NAE_ERA_R-1665_Eesti_Kunstnike_Liit, lk 3
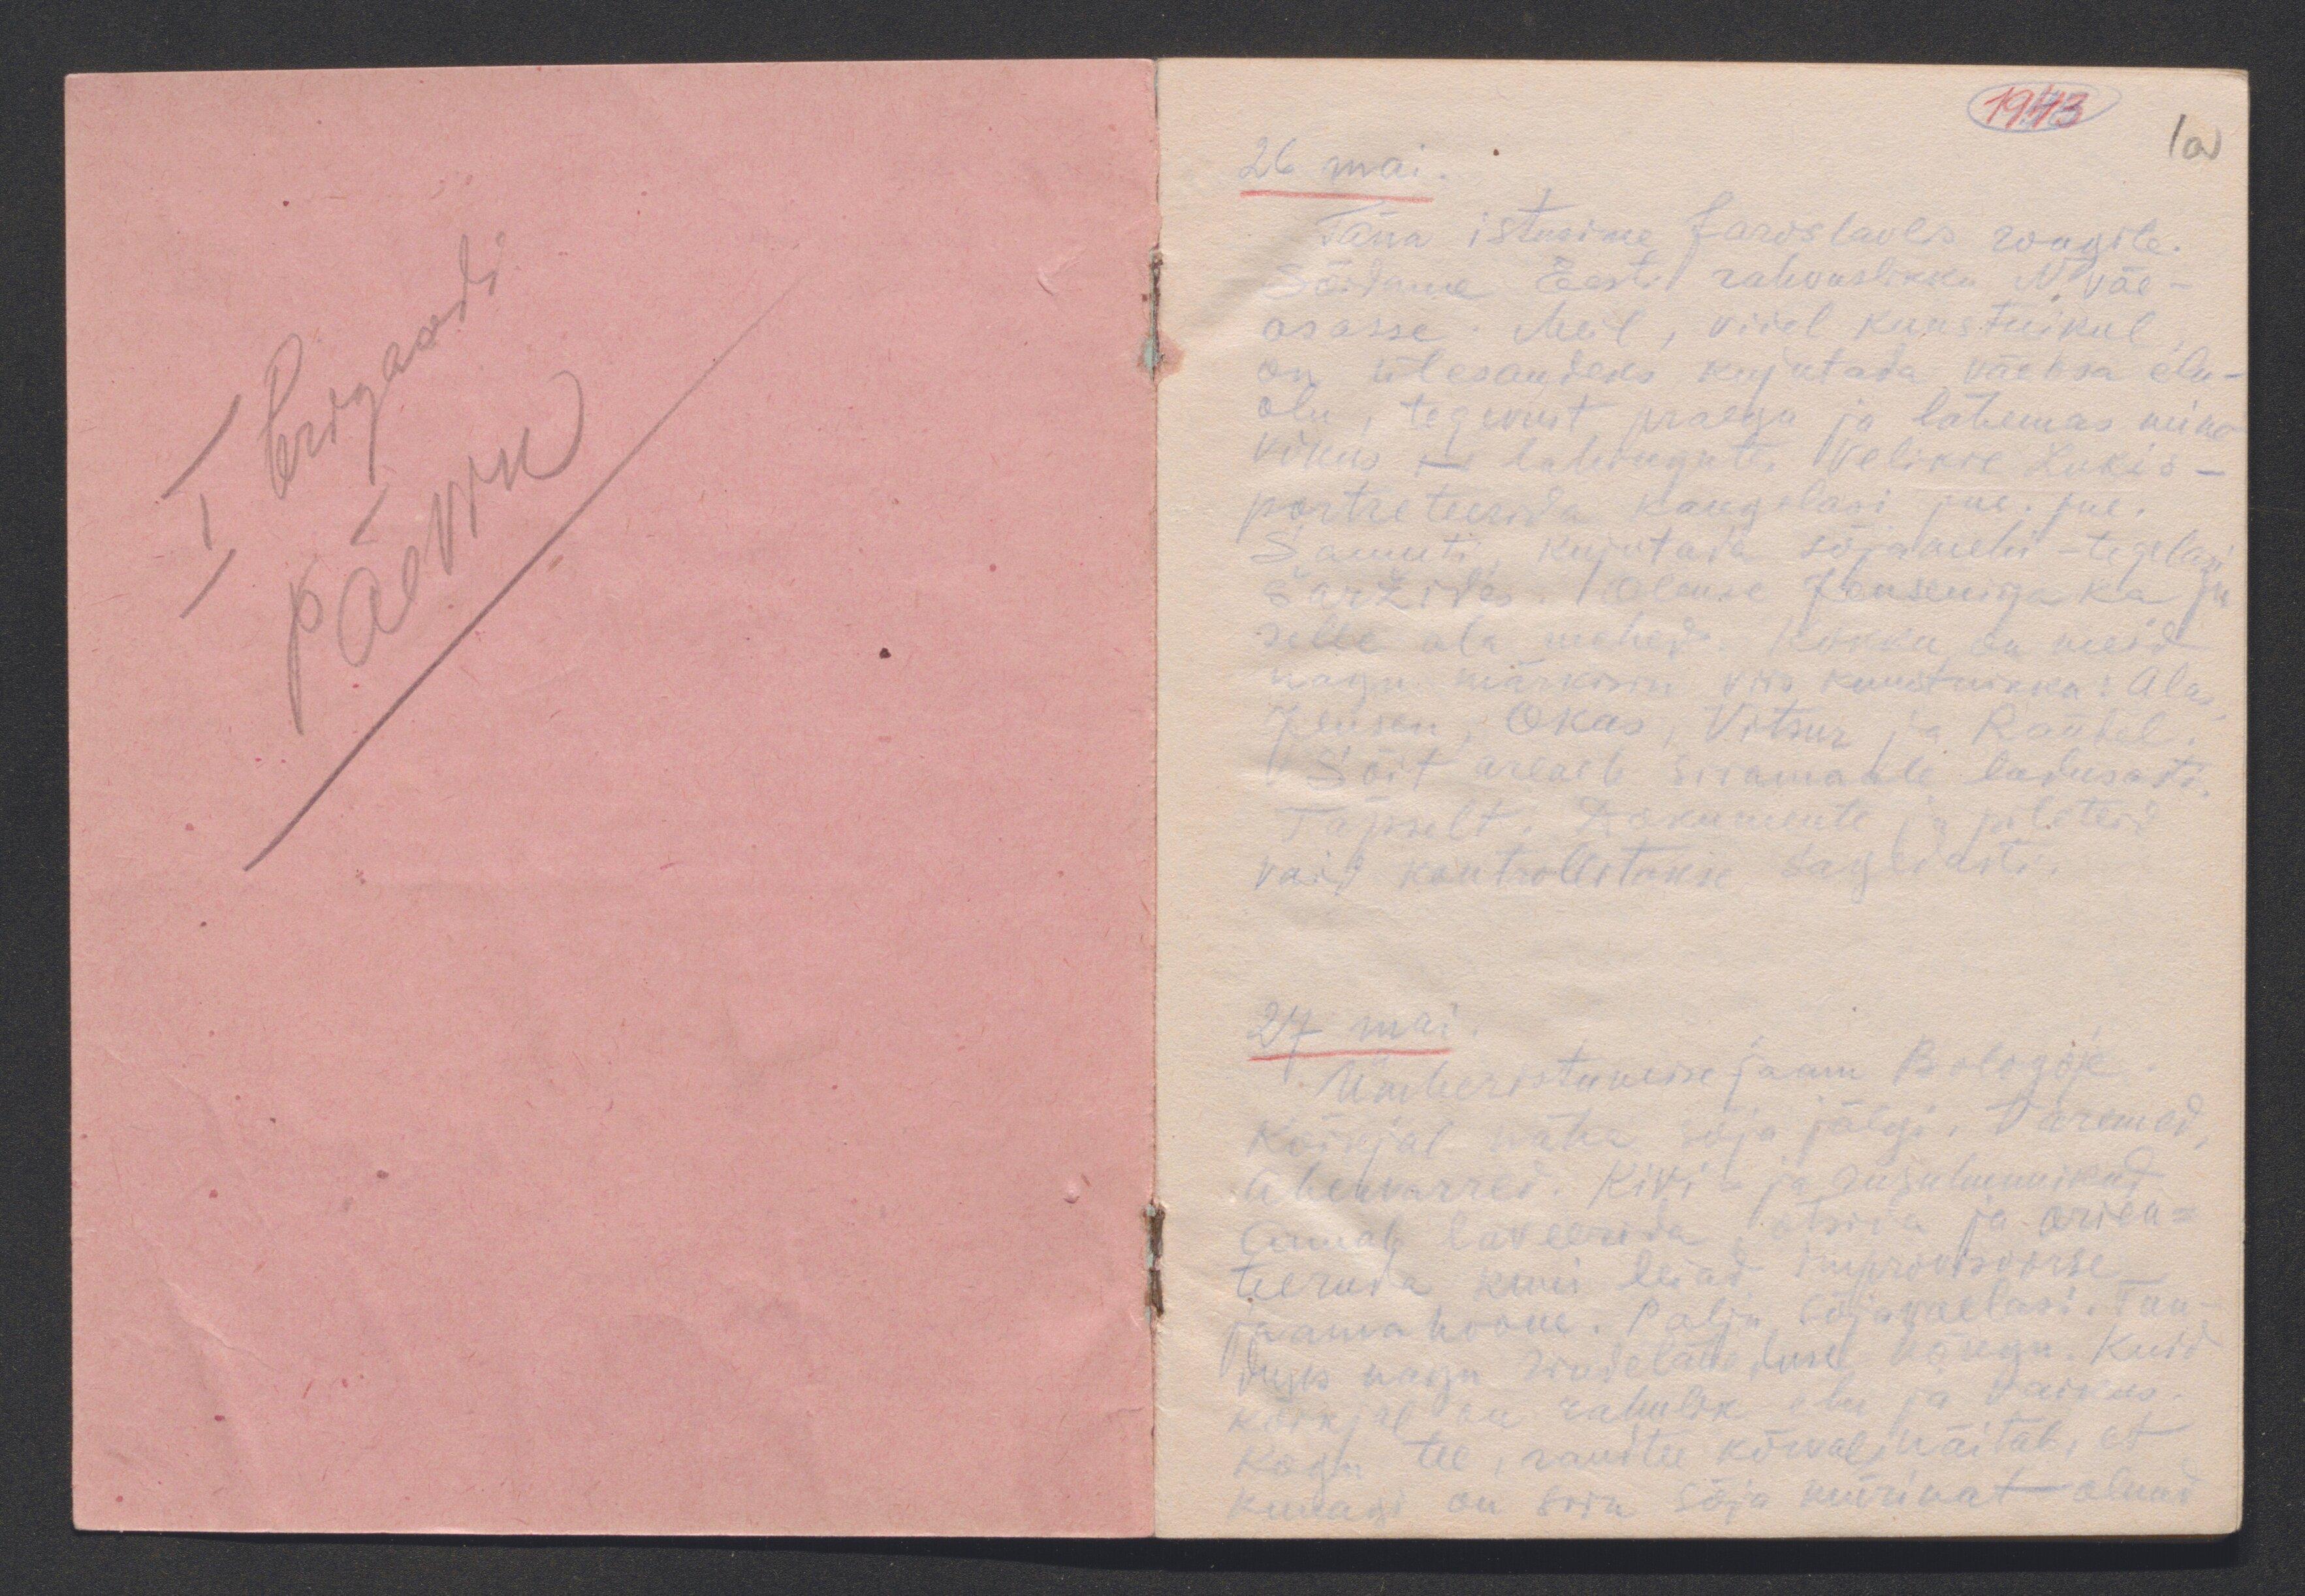
1943

1a

I brigaadi
Päevik

26 mai.
Täna istusime Jaroslavlis rongile.
Sõidame Eesti rahvuslikku N. väe-
osasse. Meil, viiel kunstnikul,
on ülesandeks kujutada väeosa elu-
olu, tegevust praegu ja lähemas mine-
vikus ja lahingutes Velikie Lukis -
portreteerida kangelasi jne. jne.
Samuti kujutada sõjamehi-tegelasi
šaržides. Oleme Jenseniga ka ju
selle ala mehed. Kokku on meid
nagu märkisin viis kunstnikku: Alas,
Jensen, Okas, Vitsur ja Randel.
Sõit areneb siiamaale ladusasti.
Täpselt. Dokumente ja pileteid
vaid kontrollitakse sagedasti.
24 mai.
Ümberistumise jaam Bologoje.
Kõikjal näha sõja jälgi. Varemed,
ahervarred. Kivi ja rusuhunnikud.
Annab laveerida, otsida ja orien-
teeruda kuni leiad improvisoorse
jaama hoone. Palju sõjavaelasi. Tun-
duks nagu rindeläheduse hõngu. Kuid
kõikjal on rahulik elu ja vaikus.
Kogu tee, raudtee kõrval, näitab, et
kunagi on siin sõja mürinat olnud